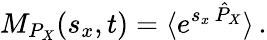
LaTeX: M_{P_{X}}(s_{x},t)=\langle e^{s_{x}\, \hat{P}_{X}}\rangle\, .